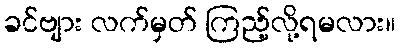
ခင်ဗျား လက်မှတ် ကြည့်လို့ရမလား။